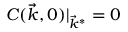
C ( \vec { k } , 0 ) | _ { \vec { k } ^ { * } } = 0